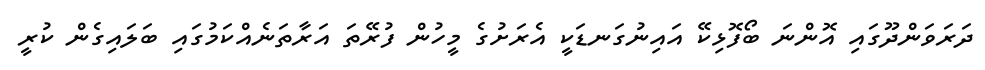
ދަރަވަންދޫގައި އޮންނަ ބޯފޮޅިކޭ އައިނުގަނޑަކީ އެރަށުގެ މީހުން ފުރޭތަ އަރާތަނެއްކަމުގައި ބަލައިގެން ކުރީ